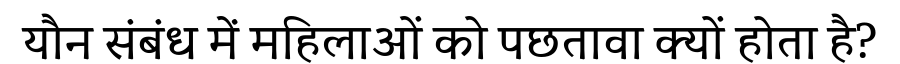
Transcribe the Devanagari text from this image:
यौन संबंध में महिलाओं को पछतावा क्यों होता है?